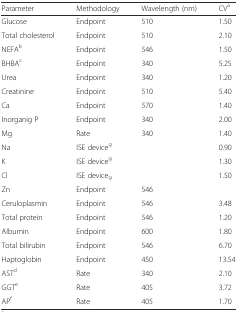
<table><thead><tr><td><b>Parameter</b></td><td><b>Methodology</b></td><td><b>Wavelength (nm)</b></td><td><b>CV<sup>a</sup></b></td></tr></thead><tbody><tr><td>Glucose</td><td>Endpoint</td><td>510</td><td>1.50</td></tr><tr><td>Total cholesterol</td><td>Endpoint</td><td>510</td><td>2.10</td></tr><tr><td>NEFA<sup>b</sup></td><td>Endpoint</td><td>546</td><td>1.50</td></tr><tr><td>BHBA<sup>c</sup></td><td>Endpoint</td><td>340</td><td>5.25</td></tr><tr><td>Urea</td><td>Endpoint</td><td>340</td><td>1.20</td></tr><tr><td>Creatinine</td><td>Endpoint</td><td>510</td><td>5.40</td></tr><tr><td>Ca</td><td>Endpoint</td><td>570</td><td>1.40</td></tr><tr><td>Inorganig P</td><td>Endpoint</td><td>340</td><td>2.00</td></tr><tr><td>Mg</td><td>Rate</td><td>340</td><td>1.40</td></tr><tr><td>Na</td><td>ISE device<sup>g</sup></td><td></td><td>0.90</td></tr><tr><td>K</td><td>ISE device<sup>g</sup></td><td></td><td>1.30</td></tr><tr><td>Cl</td><td>ISE device<sub>g</sub></td><td></td><td>1.50</td></tr><tr><td>Zn</td><td>Endpoint</td><td>546</td><td></td></tr><tr><td>Ceruloplasmin</td><td>Endpoint</td><td>546</td><td>3.48</td></tr><tr><td>Total protein</td><td>Endpoint</td><td>546</td><td>1.20</td></tr><tr><td>Albumin</td><td>Endpoint</td><td>600</td><td>1.80</td></tr><tr><td>Total bilirubin</td><td>Endpoint</td><td>546</td><td>6.70</td></tr><tr><td>Haptoglobin</td><td>Endpoint</td><td>450</td><td>13.54</td></tr><tr><td>AST<sup>d</sup></td><td>Rate</td><td>340</td><td>2.10</td></tr><tr><td>GGT<sup>e</sup></td><td>Rate</td><td>405</td><td>3.72</td></tr><tr><td>AP<sup>f</sup></td><td>Rate</td><td>405</td><td>1.70</td></tr></tbody></table>